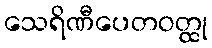
သေရိဏီပေတဝတ္ထု